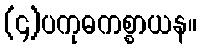
(၄)ပကုဓကစ္စာယန။